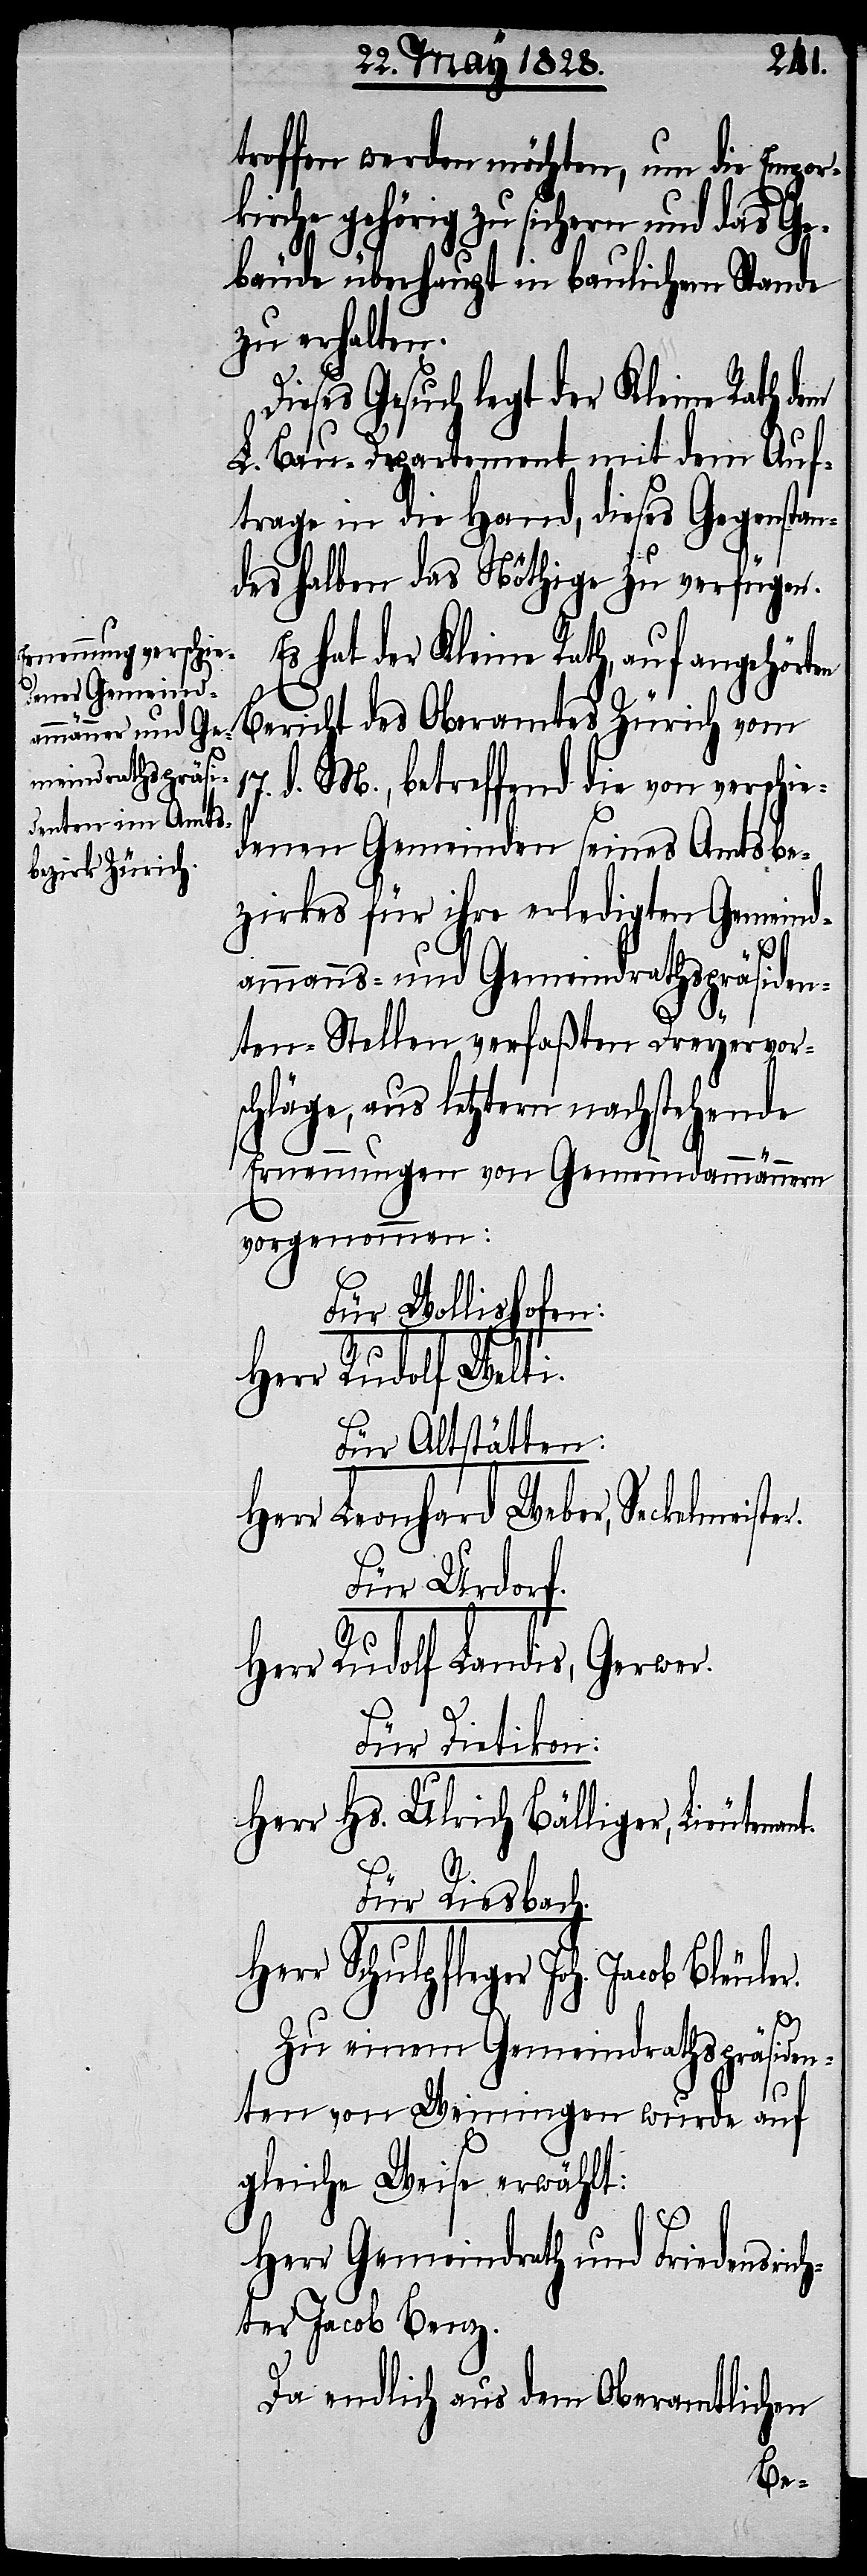
troffen werden möchten, um die Empor¬
kirche gehörig zu sichern und das Ge¬
bäude überhaupt in baulichem Stande
zu erhalten.
Dieses Gesuch legt der Kleine Rath
L. Bau-Departement mit dem Auf¬
trage in die Hand, dieses Gegenstan¬
des halben das Nöthige zu verfügen.
hat der Kleine Rath, auf angehörten
Bericht des Oberamtes Zürich vom
d. M., betreffend die von verschie¬
denen Gemeinden seines Amtsbe¬
zirkes für ihre erledigten Gemeind¬
nt.
ammanns- und Gemeindrathspräsiden¬
ten-Stellen verfaßten Dreyervor¬
schläge, aus letztern nachstehende
Ernennungen von Gemeindammännern
vorgenommen:
Für Wollishofen:
Herr Rudolf Welti.
Für Altstätten:
Herr Leonhard Weber, Seckelmeiste¬
Für Urdorf.
r.
Herr Rudolf Landis, Gerwer.
Für Dietikon:
Herr. Hs. Ulrich Bälliger, Lieutena¬
Für Riesbach:
Herr Schulpfleger Joh. Jacob Ble¬
uler.
Zu einem Gemeindrathspräsiden¬
ten von Weinigen wurde auf
gleiche Weise erwählt:
Herr Gemeindrath und Friedensric¬
hter Jacob Benz.
Da endlich aus dem Oberamtlichen